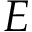
E